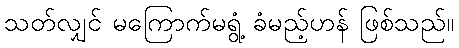
သတ်လျှင် မကြောက်မရွံ့ ခံမည့်ဟန် ဖြစ်သည်။